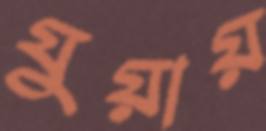
যুয়ায়